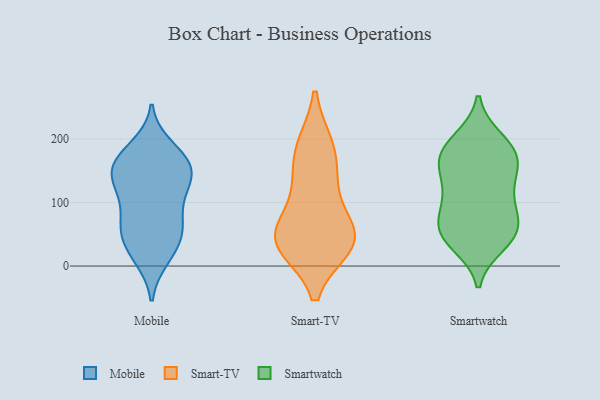
{"axis": {"x": "Population (Million)", "y": "Value"}, "legend": ["Mobile", "Smart-TV", "Smartwatch"], "data": [{"x": "", "y": 15, "type": "Mobile"}, {"x": "", "y": 188, "type": "Mobile"}, {"x": "", "y": 143, "type": "Mobile"}, {"x": "", "y": 57, "type": "Mobile"}, {"x": "", "y": 57, "type": "Mobile"}, {"x": "", "y": 141, "type": "Mobile"}, {"x": "", "y": 103, "type": "Mobile"}, {"x": "", "y": 169, "type": "Mobile"}, {"x": "", "y": 12, "type": "Mobile"}, {"x": "", "y": 56, "type": "Mobile"}, {"x": "", "y": 147, "type": "Mobile"}, {"x": "", "y": 29, "type": "Mobile"}, {"x": "", "y": 56, "type": "Mobile"}, {"x": "", "y": 173, "type": "Mobile"}, {"x": "", "y": 106, "type": "Mobile"}, {"x": "", "y": 134, "type": "Mobile"}, {"x": "", "y": 171, "type": "Mobile"}, {"x": "", "y": 158, "type": "Mobile"}, {"x": "", "y": 77, "type": "Mobile"}, {"x": "", "y": 128, "type": "Mobile"}, {"x": "", "y": 121, "type": "Smart-TV"}, {"x": "", "y": 37, "type": "Smart-TV"}, {"x": "", "y": 189, "type": "Smart-TV"}, {"x": "", "y": 142, "type": "Smart-TV"}, {"x": "", "y": 56, "type": "Smart-TV"}, {"x": "", "y": 34, "type": "Smart-TV"}, {"x": "", "y": 42, "type": "Smart-TV"}, {"x": "", "y": 188, "type": "Smart-TV"}, {"x": "", "y": 32, "type": "Smart-TV"}, {"x": "", "y": 56, "type": "Smart-TV"}, {"x": "", "y": 164, "type": "Smartwatch"}, {"x": "", "y": 197, "type": "Smartwatch"}, {"x": "", "y": 43, "type": "Smartwatch"}, {"x": "", "y": 35, "type": "Smartwatch"}, {"x": "", "y": 126, "type": "Smartwatch"}, {"x": "", "y": 107, "type": "Smartwatch"}, {"x": "", "y": 54, "type": "Smartwatch"}, {"x": "", "y": 94, "type": "Smartwatch"}, {"x": "", "y": 180, "type": "Smartwatch"}, {"x": "", "y": 50, "type": "Smartwatch"}, {"x": "", "y": 71, "type": "Smartwatch"}, {"x": "", "y": 50, "type": "Smartwatch"}, {"x": "", "y": 163, "type": "Smartwatch"}, {"x": "", "y": 129, "type": "Smartwatch"}, {"x": "", "y": 78, "type": "Smartwatch"}, {"x": "", "y": 199, "type": "Smartwatch"}, {"x": "", "y": 171, "type": "Smartwatch"}, {"x": "", "y": 164, "type": "Smartwatch"}]}